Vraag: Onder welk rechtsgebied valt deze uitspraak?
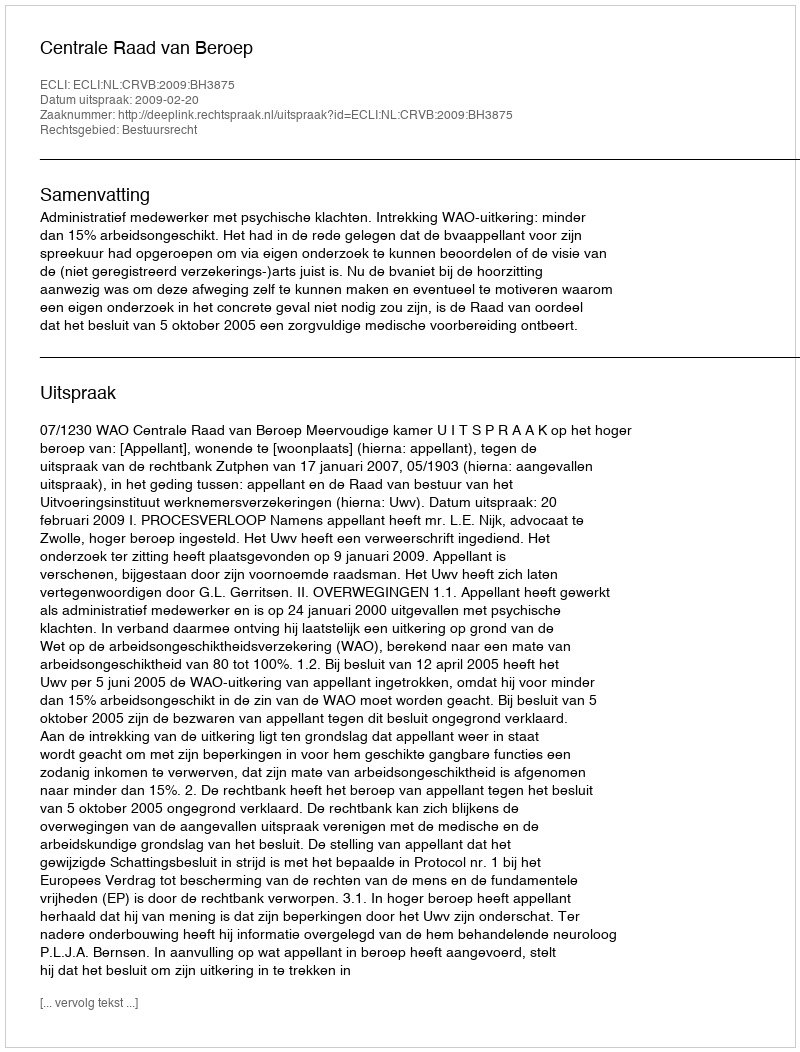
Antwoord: Bestuursrecht